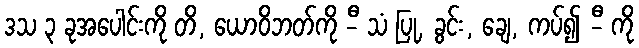
ဒသ ၃ ခုအပေါင်းကို တိ, ယောဝိဘတ်ကို -ီ သံ ပြု, ခွင်း, ချေ, ကပ်၍ -ီ ကို